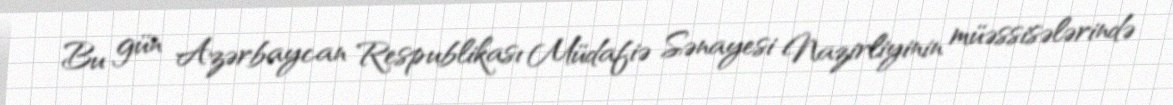
Bu gün Azərbaycan Respublikası Müdafiə Sənayesi Nazirliyinin müəssisələrində